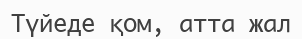
Түйеде қом, атта жал